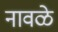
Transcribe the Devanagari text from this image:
नावळे